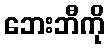
ဘေးဘီကို